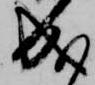
成